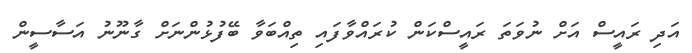
އަދި ރައީސް އަށް ނުވަތަ ރައީސްކަން ކުރައްވާފައި ތިއްބަވާ ބޭފުޅުންނަށް ގާނޫނު އަސާސީން